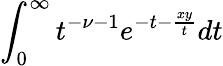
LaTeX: \int_{0}^{\infty}t^{-\nu-1}e^{-t-\frac{xy}{t}}dt